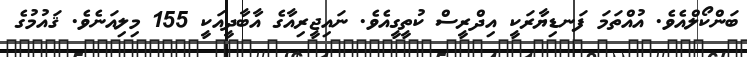
ބަންކޯލްއެވެ. އުއްތަމަ ފަނޑިޔާރަކީ އިދްރީސް ކުތީގީއެވެ. ނައިިޖީރިއާގެ އާބާދީއަކީ 155 މިލިއަނެވެ. ޤައުމުގެ